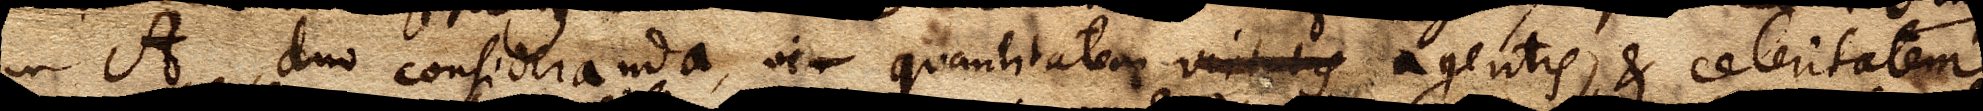
in A, duo consideranda, vir quantitatem virtutis agentis, & celeritatem.